Vital statistics of India. Vol. IV, Annual returns from 1871 to 1876. British Army of India, Native Army and jails of Bengal
Year: 1871
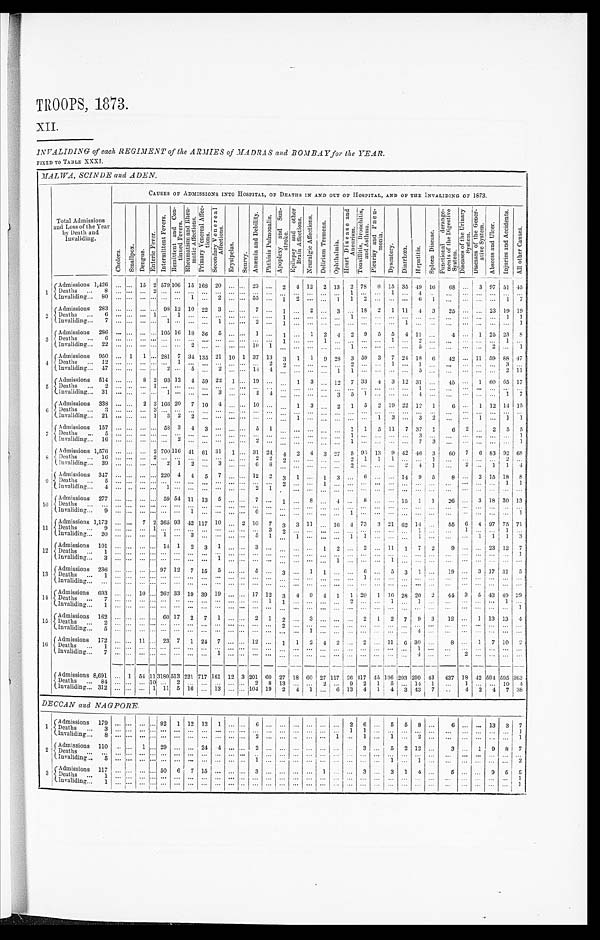
TROOPS, 1873.
XII.
INVALIDING of each REGIMENT of the ARMIES of MADRAS and BOMBAY for the YEAR.
FIXED TO TABLE XXXI.
MALWA, SCINDE and ADEN.
Total Admissions
and Loss or the Year
by Death and
Invaliding.
CAUSES OF ADMISSIONS INTO HOSPITAL , OF DEATHS IN AND OUT OF HOSPITAL, AND OF THE INVALIDING OF 1873.
C h o l e r a .
S m a l l p o x .
D e n g u e .
E n t e r i c F e v e r .
I n t e r m i t t e n t F e v e r s .
R e m i t t e n t a n d C o n - t i n u e d F e v e r s .
R h e u m a t i s m a n d R h e u - m a t i c A f f e c t i o n s .
P r i m a r y V e n e r a l A f f e c - t i o n s .
S e c o n d a r y V e n e r e a l A f f e c t i o n s .
E r y s i p e l a s .
S c u r v y .
A n æ m i a a n d D e b i l i t y .
P h t h i s i s P u l m o n a l i s .
A p o p l e x y a n d S u n - s t r o k e .
E p l i e p s y a n d o t h e r B r a i n A f f e c t i o n s .
N e u r a l g i c A f f e c t i o n s .
D e l i r i u m T r e m e n s .
O p h t h a l m i a .
H e a r t D i s e a s e a n d A n e u r i s m .
T o n s i l l i t i s , B r o n c h i t i s , a n d A s t h m a .
p l e u r i s y a n d P n e u - m o n i a .
D y s e n t e r y . D i a r r h œ a .
H e p a t i t i s .
S p l e e n D i s e a s e .
F u n c t i o n a l d e r a n g e - m e n t s o f t h e D i g e s t i v e S y s t e m .
D i s e a s e s o f t h e U r i n a r y S y s t e m .
D i s e a s e s o f t h e G e n e r - a t i v e S y s t e m .
A b s c e s s a n d U l c e r .
I n j u r i e s a n d A c c i d e n t s .
A l l o t h e r C a u s e s .
1 Admissions 1,426 . . .
. . . 15 2 579 106 15 168 20
. . . . . . 23 . . .
2
4 12
2 13
2 78
6 15 35 49 16
68
. . . 3
97 51
4 5
D e a t h s . . . 8
. . .
. . .
. . . 2
. . .
. . .
. . .
. . .
. . . . . .
. . .
. . .. . .
. . .
. . .
. . .
. . .
. . .
1
. . .
. . . 1
. . .
4
. . .
. . .. . .
. . .
. . .
. . .
. . .
Invaliding . . . 80 . . .
. . .
. . . . . .
. . .
. . . 1
. . . 2
. . .
. . . 55 . . . 1
2
. . .
. . . 1
1
2
. . .
. . .
. . .
6
1
. . .. . .
. . .
. . .
1
7
2
Admissions 283 . . .
. . .
. . . . . . 98 12 10 22
3
. . .
. . . 7 . . .
1
. . . 2
. . . 3
. . . 18
2
1 11
4
3
25
. . .
. . . 23 19 19
D e a t h s . . . 6
. . .
. . .
. . . 1
. . .
1
. . .
. . .
. . . . . .
. . .
. . .. . .
1
. . .
. . .
. . .
. . .
1
. . .
. . . . . .
. . .
. . .
. . .
. . .. . .
. . .
. . .
1
1
Invaliding . . . 7 . . .
. . .
. . . . . .
1
. . .
. . .
. . . 1
. . .
. . .
2 . . .
1
. . .
. . .
. . .
. . .
. . .
. . .
. . . . . .
1
. . .
. . .
. . .. . .
. . .
. . .
. . .
1
3
Admissions 286 . . . . . . . . .
. . . 105 16 18 36
5
. . .
. . . 1 . . . 1
. . .
1
2
4
2
9
5
5
4 11
. . .
4 . . .
1 25 23
8
D e a t h s . . . 6
. . .
. . .
. . .
. . .
. . .
. . .
. . .
. . .
. . . . . .
. . .
. . .. . .
1
. . .
. . .
1
. . .
. . .
. . .
. . . 1
. . .
2
. . .
. . .. . .
. . .
. . .
1
. . .
I n v a l i d i n g . . . 2 2 . . .
. . . . . .
. . . . . .
. . . 2 . . .
. . .
. . .
. . . 10
1
. . .
. . .
. . .
. . .
. . .
1
. . .
. . . . . .
. . .
5
. . .
. . .. . .
. . .
2
. . .
1
4 Admissions 950 . . . 1
1
. . . 281 7 34 135 21 10 1 37 13
3
1
1
9
2 8
3 59
3
7 24 18
6
42 . . . 11 59 88 47
D e a t h s . . . 1 2. . .
. . .
. . .
. . .
. . .
1
. . .
. . .
. . . . . .
. . .
. . .2
. . .
. . .
. . .
. . .
2
. . .
. . .
1
. . .
1
. . .
. . .
. . .
. . .
. . . 3
. . .
2
Invaliding . . . 47 . . .
. . . . . .
. . . 2
. . . 5
. . . 2
. . .
. . . 14
4
. . .
. . .
. . .
. . .
1
1
. . .
. . . . . .
. . .
5
. . .
. . . . . .
. . .
. . . 2 11
5
Admissions 514 . . .
. . . 8 2 93 12
4 59 22
1
. . . 19 . . .
. . . 1
3
. . .
l2
7 33
4 3 12 31
. . .
45
. . .
1 60 65 17
D e a t h s . . . 2
. . .
. . .
. . .
1
. . .
. . .
. . .
. . .
. . . . . .
. . .
. . .. . .
. . .
. . .
. . .
. . .
. . .
. . .
. . .
. . .
. . .
. . .
1
. . .
. . . . . .
. . .
. . .
. . .
. . .
Invaliding . . . 31 . . .
. . .
. . .
. . .
1
. . .
. . .
. . .
3 . . .
. . . 2
4
. . .
. . .
. . .
3
5
1
. . . . . .
. . .
4
. . .
. . . . . .
. . .
. . .
1
7
. . .
Admissions 338 . . .
. . . 2 3 166 20
7 10
4
. . .
. . . 10 . . .
6
. . . 1
3
. . .
2
1
5
2 19 22 12
1
6
. . . 1 12 14 15
Deaths . . .
3 . . .
. . .
. . . 3
. . .
. . .
. . .
. . .
. . .
. . .
. . .
. . . . . .
. . .
. . .
. . .
. . .
. . .
. . .
. . .
. . .
. . .
. . .
. . .
. . .
. . .
. . .
. . .
. . .
. . .
. . .
Invaliding . . . 21 . . .
. . . . . . 1
3 2
2
. . .
. . . . . .
. . .
. . . . . .
. . .
1
3
. . . 3
2
. . .
. . . 1
. . .
1
1
. . . 1
. . .
. . .
. . .
. . .
7
Admissions 157 . . .
. . .
. . .
. . . 58 3
4
3
. . .
. . .
. . . 5
1
. . .
. . .
. . .
. . .
. . . 1
1
5 11
7 37
1
6 2
. . .
2 5
5
De a t hs . . . 5
. . .
. . .
. . .
. . .
. . .
. . .
. . .
. . .
. . . . . .
. . .
. . . . . .
. . .
. . .
. . .
. . .
. . .
1
. . .
. . . . . .
. . .
3
. . .
. . . . . .
. . .
. . .
. . . 1
Invaliding . . . 16 . . .
. . .
. . .
. . .
. . .
2
. . .
. . .
. . . . . .
. . .
2 . . .
. . .
. . .
. . .
. . .
. . .
1
. . .
. . . . . .
. . .
7
3
. . . . . .
. . .
. . .
. . . 1
Admissions 1,576 . . .
. . . . . . 2
7 0 0 116 41 61 31
1
. . . 31 24
4
2
4
3 27
5
9 5
13
9 42 46
3
60
7
6 83 92 68
8 Deaths . . .
16 . . .
. . .
. . .
2
. . .
. . .
. . .
. . .
. . .
2 2
. . . . . .
2
. . .
. . .
. . .
. . .
2
1
1
1
. . .
. . .
1
. . . . . .
. . .
. . .
2
. . .
Invaliding . . . 39 . . .
. . .
. . .
. . .
2
1
2
. . .
3 . . .
. . . 6
8
. . .
. . .
. . .
. . .
. . .
2
. . .
. . . . . .
2
4
1
. . . 2
. . . 1
1
4
9
Admissions 347 . . .
. . . . . .
. . . 220
4 4
5
7
. . .
. . . 12
2
3
1
. . . 1
3
. . . 6
. . .
. . . 14
9
5
8 . . .
2 15 18
8
Deaths . . . 5 . . .
. . .
. . .
. . .
. . .
. . .
. . .
. . .
. . . . . .
. . .
. . . . . .
2
. . .
. . .
1
. . .
. . .
. . .
. . . . . .
. . .
. . .
. . .
. . .. . .
. . .
. . . 1
1
Invaliding . . . 4 . . .
. . .
. . .
. . .
1
. . .
. . .
. . .
. . . . . .
. . . 2
1
. . .
. . .
. . .
. . .
. . .
. . .
. . .
. . . . . .
. . .
. . .
. . .
. . .. . .
. . .
. . .
. . .
. . .
10
Admissions . . . 277 . . . . . .
. . .
. . . 59 54 11 13
5
. . .
. . .
7 . . .
1
. . .
8
. . .
4
. . .
8
. . .
. . . 15
1
1
26 . . .
3 18 30 13
Deaths . . .
. . .
. . .
. . .
. . . . . .
. . .
. . .
. . .
. . . . . . . . .
. . .. . .
. . .
. . .
. . .
. . .
. . .
. . .
. . .
. . . . . .
. . .
. . .
. . .
. . . . . .
. . .
. . .
. . .
. . .
I n v a l i d i n g . . . 9. . .
. . .
. . .
. . .
. . .
. . .
1
. . .
. . . . . .
. . .
6 . . .
. . .
. . .
. . .
. . .
1
. . .
. . . . . .
. . .
. . .
. . .
. . .. . .
. . .
. . .
. . .
1
. . .
11
Admissions 1,173 . . .
. . . 7 2 365 93 42 117 10
. . . 2 10
7
3
3 11
. . . 16
4 73
3 21 62 14
. . .
55
6
4 97 75 71
Deaths . . . 9 . . .
. . . . . . 1
. . .
. . .
. . .
. . .
. . . . . .
. . .
. . . 3
2
. . .
. . .
. . .
. . .
. . .
. . .
. . .. . .
. . .
1
. . .
. . . 1
. . .
. . .
1
. . .
Invaliding . . . 20 . . .
. . .
. . . . . . 1
. . . 3
. . .
. . . . . .
. . .
5 1
. . .
1
. . .
. . .
. . .
1
1
. . .. . .
. . .
1
. . .
. . . . . . 1
1
1
3
12
Admissions 101 . . .
. . .
. . . . . .
1 4
1
2
3
1 . . .
. . .
3 . . .
. . .
. . .
. . .
1
2
. . . 2
. . . 11
1
7
2
9 . . .
. . . 23 12
7
Deaths . . .
1 . . .
. . .
. . . . . .
. . .
. . .
. . .
. . .
. . .
. . .
. . .
. . . . . .
. . .
. . .
. . .
. . .
. . .
. . .
. . .
. . . . . .
. . .
. . .
. . .
. . .. . .
. . .
. . .
. . .
1
I n v a l i d i n g . . . 3
. . .
. . .
. . . . . .
. . .
. . .
. . .
. . .
1 . . .
. . .
. . .. . .
. . .
. . .
. . .
. . .
1
. . .
. . .
. . .1
. . .
. . .
. . .
. . .. . .
. . .
. . .
. . . . . .
13
Admissions 236 . . .
. . .
. . . . . . 97 12
7 15
5
. . .
. . . 5 . . . 3
. . .
1
1
. . .
. . .
6
. . .
5
3
1
. . .
19 . . . 3 17 31 5
D e a t h . . . 1
. . .
. . .
. . . . . .
. . .
. . .
. . .
. . .
. . . . . .
. . .
. . .. . .
. . .
. . .
. . .
. . .
. . .
. . .
1
. . . . . .
. . .
. . .
. . .
. . . . . .
. . .
. . .
. . . . . .
I n v a l i d i n g . . .
. . .
. . .
. . . . . .
. . .
. . .
. . .
. . .
. . .
. . .
. . . . . . . . .
. . .
. . .
. . .
. . .
. . .
. . .
. . .
. . . . . .
. . .
. . .
. . .
. . . . . .
. . .
. . .
. . .
. . .
A d m i s s i o n s 6 9 3 . . .
. . .
1 0 . . . 262 33 19 39 19
. . .
. . . 17 12
3
4
9
4
1 1 20
1 16 28 20
2
44 3
5 43 49 29
14 Deaths . . . 7
. . .
. . .
. . . . . .
. . .
. . .
. . .
. . .
. . . . . .
. . .
. . .1
1
. . .
. . .
. . .
. . .
2
. . .
. . .1
. . .
1
. . .
. . . . . .
. . .
. . .
1
. . .
Invaliding . . . 1 . . .
. . .
. . .
. . .
. . .
. . .
. . .
. . .
. . .
. . .
. . .
. . . . . .
. . .
. . .
. . .
. . .
. . .
. . .
. . .
. . . . . .
. . .
. . .
. . .
. . . . . .
. . .
. . .
. . .
1
Admissions 162 . . .
. . .
. . . . . . 60 17
2
7
1
. . .
. . . 2
1
2
. . .
3
. . .
. . .
. . .
2
1
2
7
9
3
12 . . .
1 13 13
4
15
Deaths . . . 2
. . .
. . .
. . . . . .
. . .
. . .
. . .
. . .
. . . . . .
. . .
. . . . . . 2
. . .
. . .
. . .
. . .
. . .
. . .
. . . . . .
. . .
. . .
. . .
. . . . . .
. . .
. . .
. . .
. . .
Invaliding . . . 5 . . .
. . .
. . .
. . .
. . .
. . .
. . .
. . .
. . . . . .
. . . . . . . . .
. . .
. . .
1
. . .
. . .
. . .
. . .
. . . . . .
. . .
4
. . . . . .
. . .
. . .
. . .
. . .
. . .
16
Admissions 172 . . .
. . . 11
. . . 23 7
1 24
7
. . .
. . . 12 . . .
1
1
2
4
2
. . . 2
. . . 11
6 30
. . .
8 . . .
1
7 10
2
Deaths . . .
1 . . .
. . .
. . . . . .
. . .
. . .
. . .
. . .
. . .
. . .
. . .
. . . . . .
. . .
. . .
. . .
. . .
. . .
. . .
. . .
. . .. . .
. . .
1
. . .
. . .. . .
. . .
. . .
. . .
. . .
I n v a l i d i n g . . . 7
. . .
. . .
. . .
. . .
. . .
. . .
. . .
. . .
1 . . .
. . .
. . . . . .
. . .
. . .
. . .
. . .
. . .
. . .
. . .
. . .. . .
. . .
4
. . .
. . . 2
. . .
. . .
. . .
. . .
Admissions 8,691 . . .
1 54
1 1
3180 513
2 2 1
717 161 12 3 201 60 27 18 60 27 117 26 417 45 136
2 9 3
299 43
437 18 42 594 595 363
Deaths . . .
84 . . .
. . .
. . . 10
. . . 2
. . .
. . .
. . . . . .
. . . 2
8 13
. . .
. . . 2
. . . 9
2
1
5
. . . 14 1
. . .
1
. . .
. . . 10
4
I nvaliding . . . 312 . . .
. . .
. . . 1 11 5 16
. . . 13
. . . . . . 104 19
2
4
1
. . . 6 13
4
1
4
3 43
7
. . .
4 2
4
7 38
DECCAN and NAGPORE .
1
A d m i s s i o n s 17
9
. . .
. . .
. . . . . . 92
1 12 12
1
. . .
. . .
6 . . .
. . .
. . .
. . .
. . .
. . .
2
6
. . . 5
5
8
. . .
6 . . .
. . . 13
3
7
Deaths . . . 3 . . .
. . .
. . . . . .
. . .
. . .
. . .
. . .
. . . . . .
. . .
. . . . . .
. . . . . .
. . .
. . .
. . .
1
1
. . . . . .
. . .
. . .
. . .
. . .. . .
. . .
. . .
. . .
1
I n v a l i d i n g . . . 8. . .
. . .
. . . . . .
. . .
. . .
. . .
. . .
. . . . . .
. . .
2 . . .
. . . . . .
. . .
. . . 1
. . . 1
. . . 1
. . .
2
. . .
. . .
. . .
. . .
. . .
. . . 1
2
A dmissions 110 . . .
. . .
1 . . .
2 9
. . .
. . .
2 4
4 . . .
. . .
2 . . .
. . .
. . .
. . .
. . .
. . .
. . .
3
. . . 5
2 12
. . .
3 . . . 1
9
8
7
Deaths . . .
. . . . . .
. . . . . .
. . .
. . .
. . .
. . .
. . . . . .
. . .
. . . . . .
. . . . . .
. . .
. . .
. . .
. . .
. . .
. . . . . .
. . .
. . .
. . .
. . .
. . .
. . .
. . .
. . .
. . .
Invaliding . . . 5 . . .
. . .
. . . . . .
. . .
. . .
. . .
. . .
. . . . . .
. . .
1 . . .
. . .
. . .
. . .
. . .
. . .
. . .
. . .
. . . 1
. . .
1
. . .
. . . . . .
. . .
. . .
. . .
2
3
Admissions 117 . . .
. . .
. . . . . . 5
6
7 15
. . . . . .
. . . 3 . . .
. . .
. . .
. . . 1
. . .
. . . 3
. . . 3
1
4
. . .
5 . . .
. . .
9
5
5
Deaths . . . 1
. . .
. . .
. . . . . .
. . .
. . .
. . .
. . .
. . . . . .
. . . . . . . . .
. . .
. . .
. . .
. . .
. . .
. . .
. . .
. . .
. . .
. . .
. . .
. . .
. . .. . .
. . .
. . .
. . .
1
Invaliding
. . . 1 . . .
. . .
. . . . . .
. . .
. . .
. . .
. . .
. . .. . .
. . .
. . . . . .
. . .
. . .
. . .
. . .
. . .
. . .
. . .
. . . . . .
. . .
. . .
. . .
. . .
. . .
. . .
. . .
. . . 1